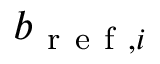
b _ { \mathrm { ~ r ~ e ~ f ~ } , i }